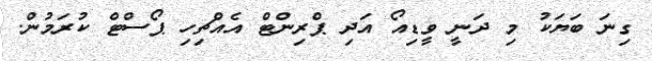
ގިނަ ބަޔަކު މި ދަނީ ވީޑިއޯ އަދި ޕްރިންޓް އެއްޗިހި ޕޯސްޓް ކުރަމުން.